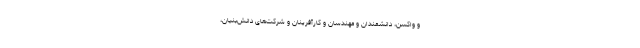
و واکسن، دانشمندان و مهندسان و کارآفرینان و شرکت‌هایِ دانش‌بنیان،